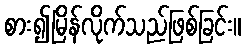
စား၍မြိန်လိုက်သည်ဖြစ်ခြင်း။